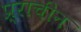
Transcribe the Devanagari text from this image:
प्र्राचीन